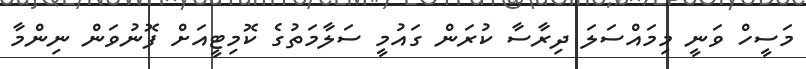
މަސީހް ވަނީ މިމައްސަލަ ދިރާސާ ކުރަން ގައުމީ ސަލާމަތުގެ ކޮމިޓީއަށް ފޮނުވަން ނިންމާ